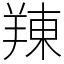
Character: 䍶